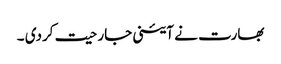
بھارت نے آئینی جارحیت کردی ۔